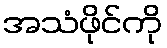
အသံဖိုင်ကို